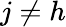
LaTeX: j\neq h